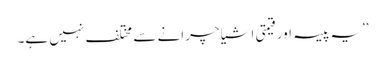
’’یہ پیسہ اور قیمتی اشیا چرانے سے مختلف نہیں ہے۔